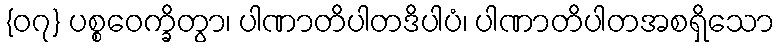
{၀၇} ပစ္စဝေက္ခိတွာ၊ ပါဏာတိပါတဒိပါပံ၊ ပါဏာတိပါတအစရှိသော